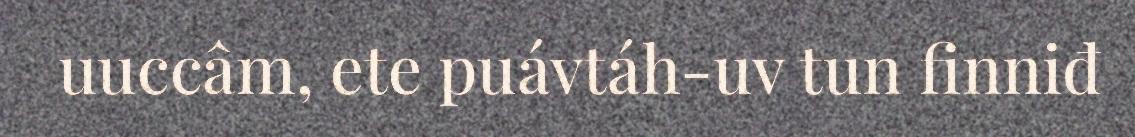
uuccâm, ete puávtáh-uv tun finniđ